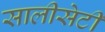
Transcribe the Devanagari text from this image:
सालीसेटी